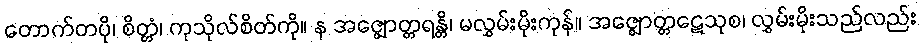
တောက်တပို၊ စိတ္တံ၊ ကုသိုလ်စိတ်ကို။ န အဇ္ဈောတ္တရန္တိ၊ မလွှမ်းမိုးကုန်။ အဇ္ဈောတ္တဋေသုစ၊ လွှမ်းမိုးသည်လည်း